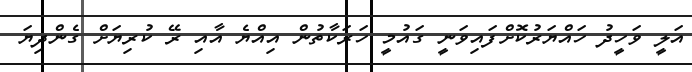
އަލީ ވަހީދު ހައްޔަރުކޮށްފައިވަނީ ގައުމީ ހަރަކާތުން އިއްޔެ އާއި ރޭ ކުރިޔަށް ގެންދިޔަ